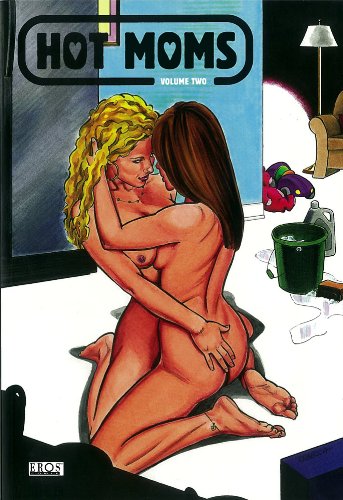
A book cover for HOT MOMS VOL 02; Rebecca; Comics & Graphic Novels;